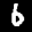
Label: 6